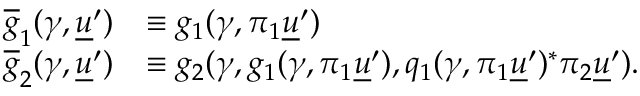
\begin{array} { r l } { \overline { { g } } _ { 1 } ( \gamma , \underline { { u } } ^ { \prime } ) } & { \equiv g _ { 1 } ( \gamma , \pi _ { 1 } \underline { { u } } ^ { \prime } ) } \\ { \overline { { g } } _ { 2 } ( \gamma , \underline { { u } } ^ { \prime } ) } & { \equiv g _ { 2 } ( \gamma , g _ { 1 } ( \gamma , \pi _ { 1 } \underline { { u } } ^ { \prime } ) , q _ { 1 } ( \gamma , \pi _ { 1 } \underline { { u } } ^ { \prime } ) ^ { * } \pi _ { 2 } \underline { { u } } ^ { \prime } ) . } \end{array}